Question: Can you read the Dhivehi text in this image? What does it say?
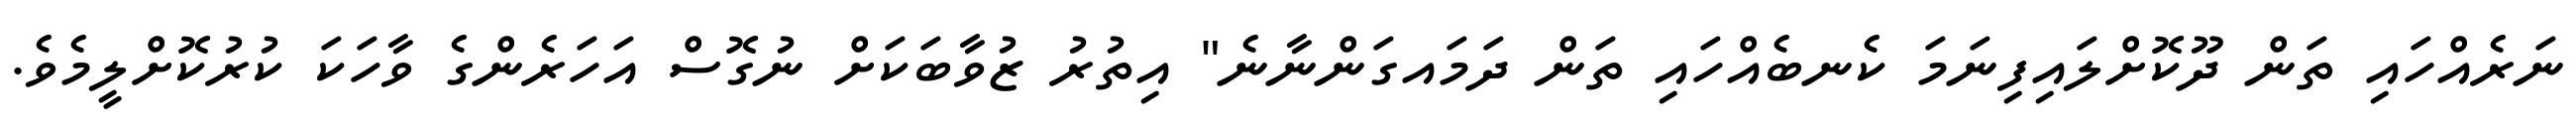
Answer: ނަރެއްހައި ތަން ދޫކޮށްލައިފިނަމަ ކެނބެއްހައި ތަން ދަމައގަންނާނެ" އިތުރު ޒުވާބަކަށް ނުގޮސް އަހަރެންގެ ވާހަކަ ކުރުކޮށްލީމެވެ.